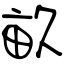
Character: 畝